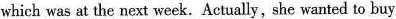
which was at the next week.Actually, she wanted to buy